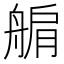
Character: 䑷